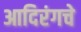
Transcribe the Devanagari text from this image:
आदिरंगचे